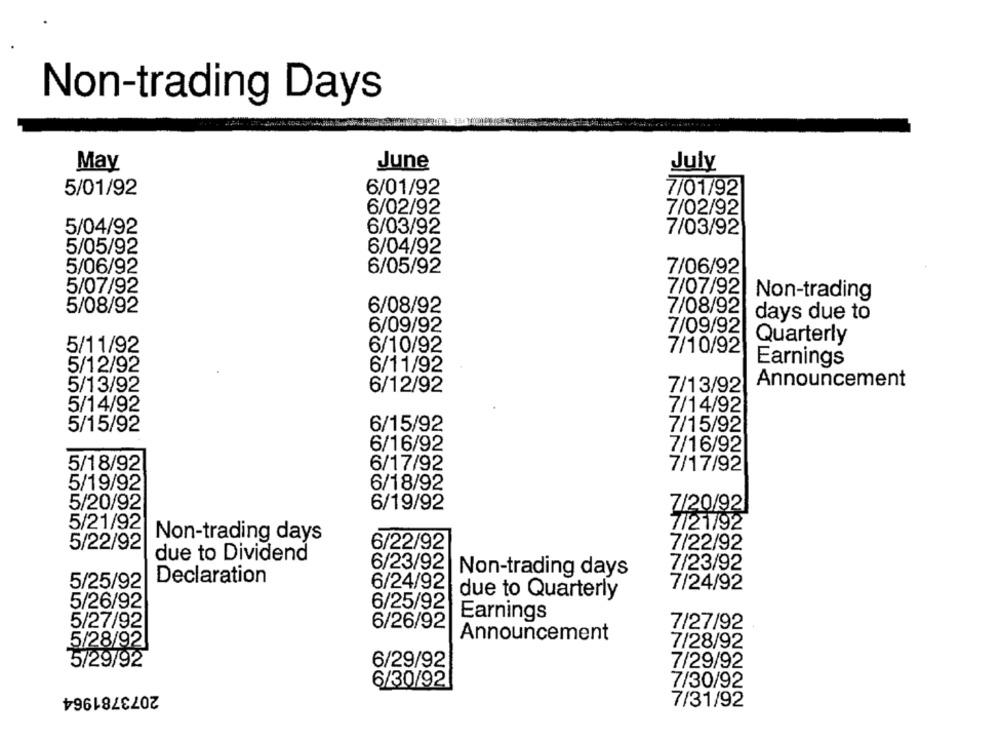
Non-trading Days
May
June
July
5/01/92
6/01/92
7/01/92
6/02/92
7/02/92
5/04/92
6/03/92
7/03/92
5/05/92
6/04/92
5/06/92
6/05/92
7/06/92
5/07/92
7/07/92
Non-trading
5/08/92
6/08/92
7/08/92
days due to
6/09/92
7/09/92
Quarterly
6/10/92
5/11/92
7/10/92
Earnings
5/12/92
6/11/92
Announcement
5/13/92
6/12/92
7/13/92
5/14/92
7/14/92
5/15/92
6/15/92
7/15/92
6/16/92
7/16/92
5/18/92
6/17/92
7/17/92
5/19/92
6/18/92
5/20/92
6/19/92
7/20/92
5/21/92
7/21/92
Non-trading days
5/22/92
6/22/92
7/22/92
due to Dividend
6/23/92
7/23/92
Non-trading days
5/25/92
Declaration
6/24/92
7/24/92
due to Quarterly
5/26/92
6/25/92
5/27/92
Earnings
6/26/92
7/27/92
Announcement
5/28/92
7/28/92
5/29/92
6/29/92
7/29/92
6/30/92
2073781964
7/30/92
7/31/92